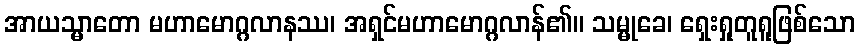
အာယသ္မာတော မဟာမောဂ္ဂလာနဿ၊ အရှင်မဟာမောဂ္ဂလာန်၏။ သမ္မုခေ၊ ရှေးရှုတူရူဖြစ်သော